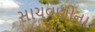
સાચવણીના